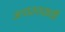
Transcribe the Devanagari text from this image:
उच्चस्तराची